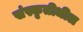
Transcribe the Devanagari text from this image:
संस्कृतीधील